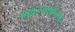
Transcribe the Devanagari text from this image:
अफजलखानास